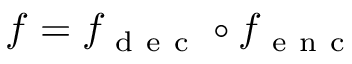
f = f _ { \mathrm { ~ d ~ e ~ c ~ } } \circ f _ { \mathrm { ~ e ~ n ~ c ~ } }